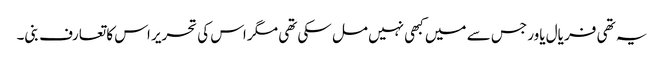
یہ تھی فر یال یاور جس سے میں کبھی نہیں مل سکی تھی مگر اس کی تحریر اس کا تعارف بنی۔